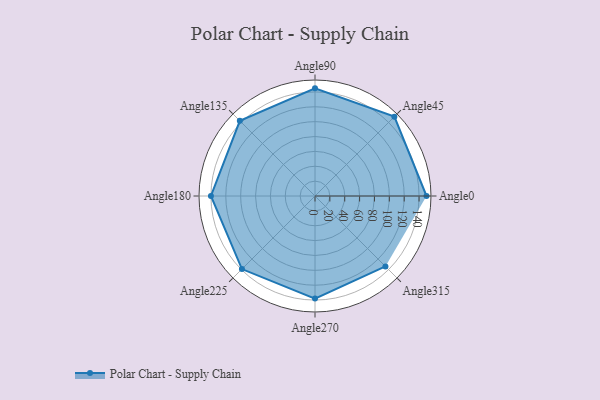
{"axis": {"x": "Angle", "y": "Radius"}, "legend": [""], "data": [{"x": "Angle0", "y": 150.0, "type": ""}, {"x": "Angle45", "y": 151.0, "type": ""}, {"x": "Angle90", "y": 145.0, "type": ""}, {"x": "Angle135", "y": 143.0, "type": ""}, {"x": "Angle180", "y": 140.0, "type": ""}, {"x": "Angle225", "y": 139.0, "type": ""}, {"x": "Angle270", "y": 138.0, "type": ""}, {"x": "Angle315", "y": 134.0, "type": ""}]}